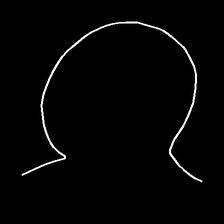
Glyph: weave